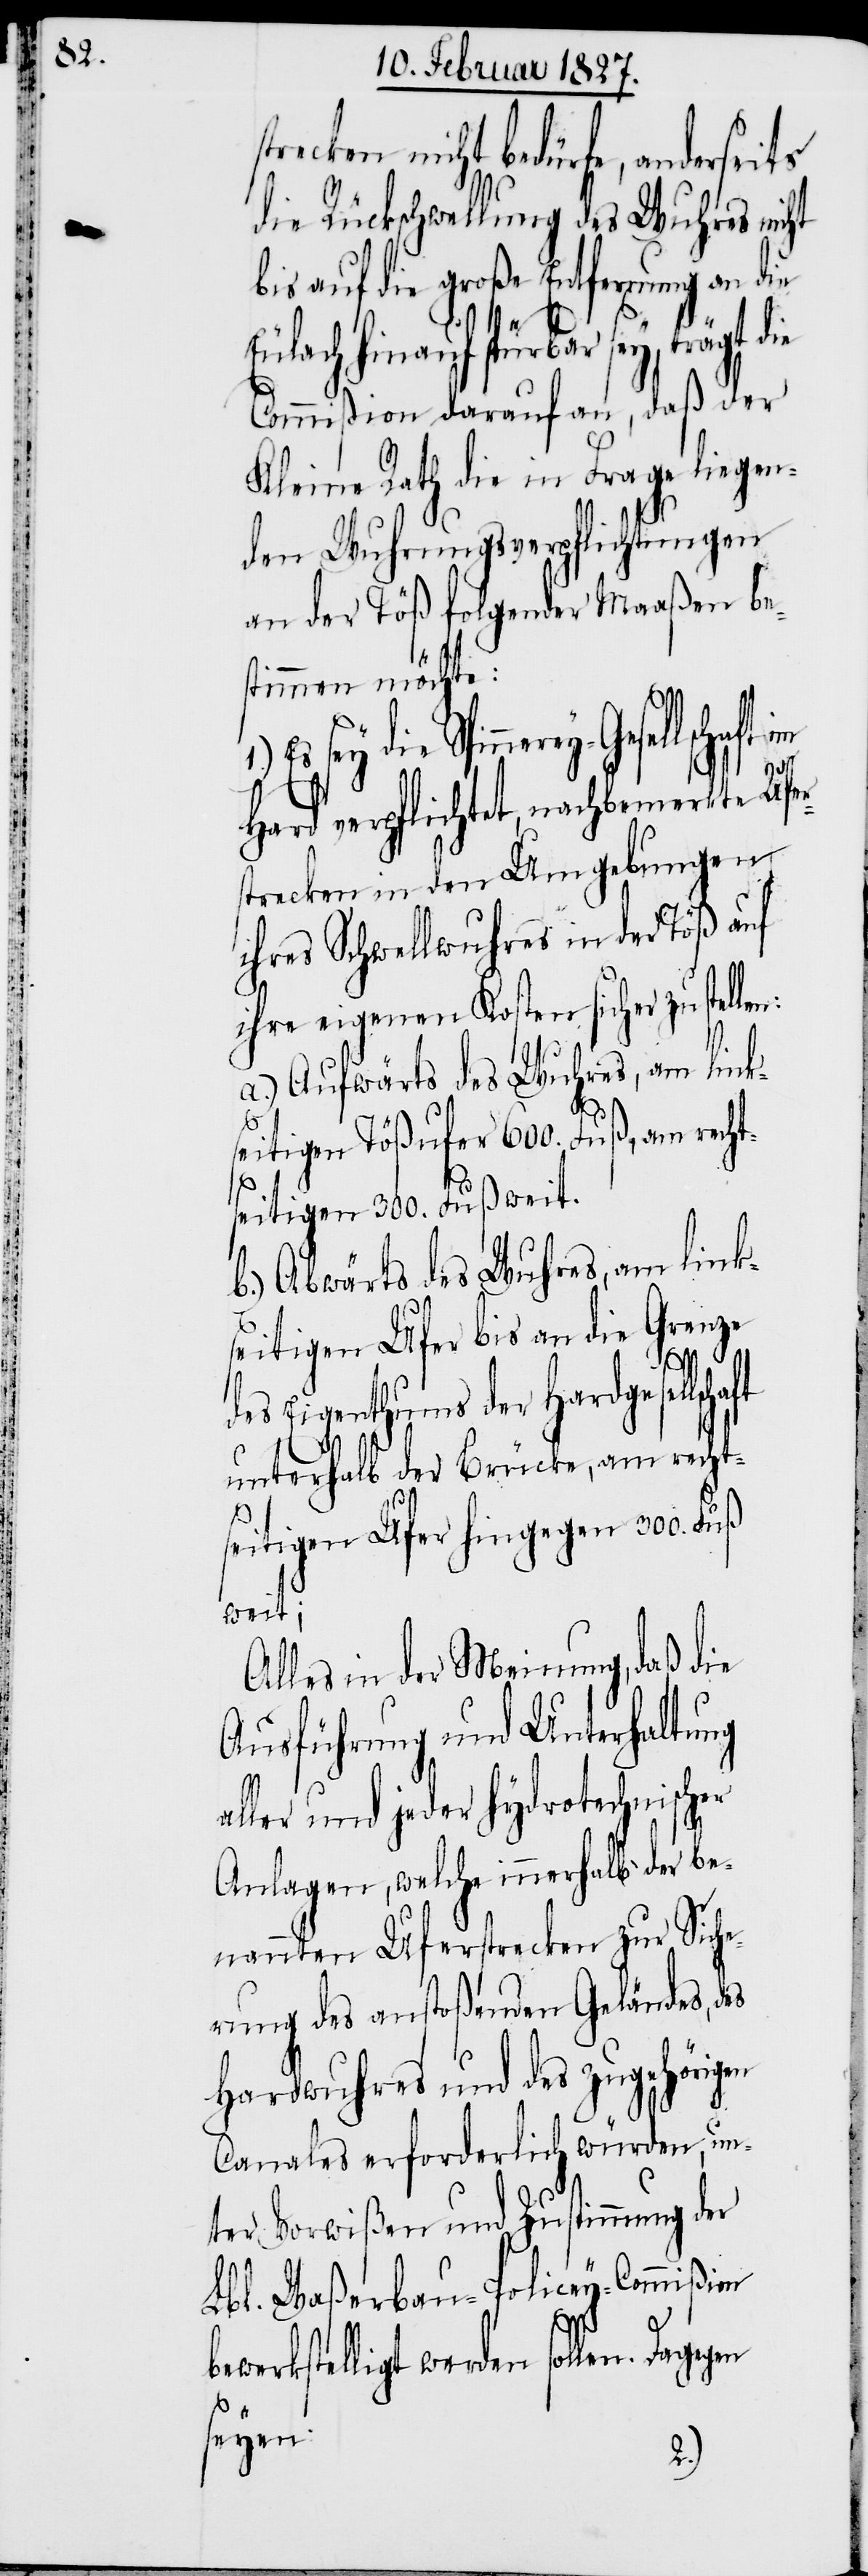
n:

trecken nicht bedürfe, anderseits
die Rückschwellung des Wuhres nicht
bis auf die große Entfernung an die
aft
Eulach hinauf spürbar sey, trägt
Commißion darauf an, daß der
Kleine Rath die in Frage liegen¬
den Wuhrungsverpflichtungen
an der Töß folgender Maaßen be¬
stimmen möchte:
Es sey die Spinnerey-Gesel¬
Hard verpflichtet, nachbemerkte Ufer¬
strecken in den Umgebungen
ihres Schwellwuhres in der Töß auf
ihre eigenen Kosten sicher zu stelle¬
a.) Aufwärts des Wuhres, am links¬
eitigen Tößufer 600. Fuß, am recht¬
seitigen 300. Fuß weit.
b.) Abwärts des Wuhres, am link¬
seitigen Ufer bis an die Grenze
bewer¬
des Eigenthums der Hardgesellsch¬
unterhalb der Brücke, am recht¬
seitigen Ufer hingegen 300. Fuß
weit;
Alles in der Meinung, daß die
Ausführung und Unterhaltung
aller und jeder hydrotechnischer
Anlagen, welche innerhalb der be¬
nannten Uferstrecken zur Siche¬
rung des anstoßenden Geländes, des
Hardwuhres und des zugehörigen
Canales erforderlich würden, un¬
ter Vorwißen und Zustimmung der
Lbl. Waßerbau-Policey-Commißion
kstelligt werden sollen.
seyen: